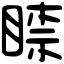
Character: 𥈡